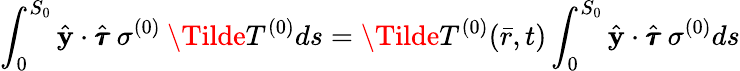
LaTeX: \int_{0}^{S_{0}}\hat{\mathbf{y}}\cdot\hat{\pmb{\tau}}\: \sigma^{(0)}\: \Tilde{T}^{(0)}ds=\Tilde{T}^{(0)}(\bar{r},t)\int_{0}^{S_{0}}\hat{\mathbf{y}}\cdot\hat{\pmb{\tau}}\: \sigma^{(0)}ds